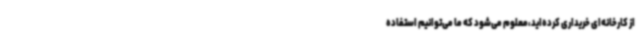
از کارخانه‌ای خریداری کرده‌اید،معلوم می‌شود که ما می‌توانیم استفاده